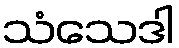
သံသေဒါ